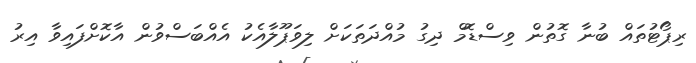
ރިޕޯޓުތައް ބުނާ ގޮތުން ވިސްޑޮމް ދިގު މުއްދަތަކަށް ލިވަޕޫލާއެކު އެއްބަސްވުން އާކޮށްފައިވާ އިރު